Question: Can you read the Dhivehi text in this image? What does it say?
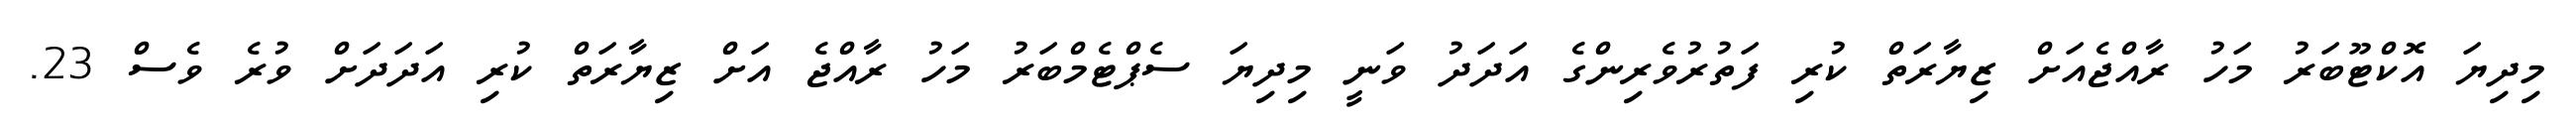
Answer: މިދިޔަ އޮކްޓޫބަރު މަހު ރާއްޖެއަށް ޒިޔާރަތް ކުރި ފަތުރުވެރިންގެ އަދަދު ވަނީ މިދިޔަ ސެޕްޓެމްބަރު މަހު ރާއްޖެ އަށް ޒިޔާރަތް ކުރި އަދަދަށް ވުރެ ވެސް 23.